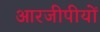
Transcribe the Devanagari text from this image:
आरजीपीयों